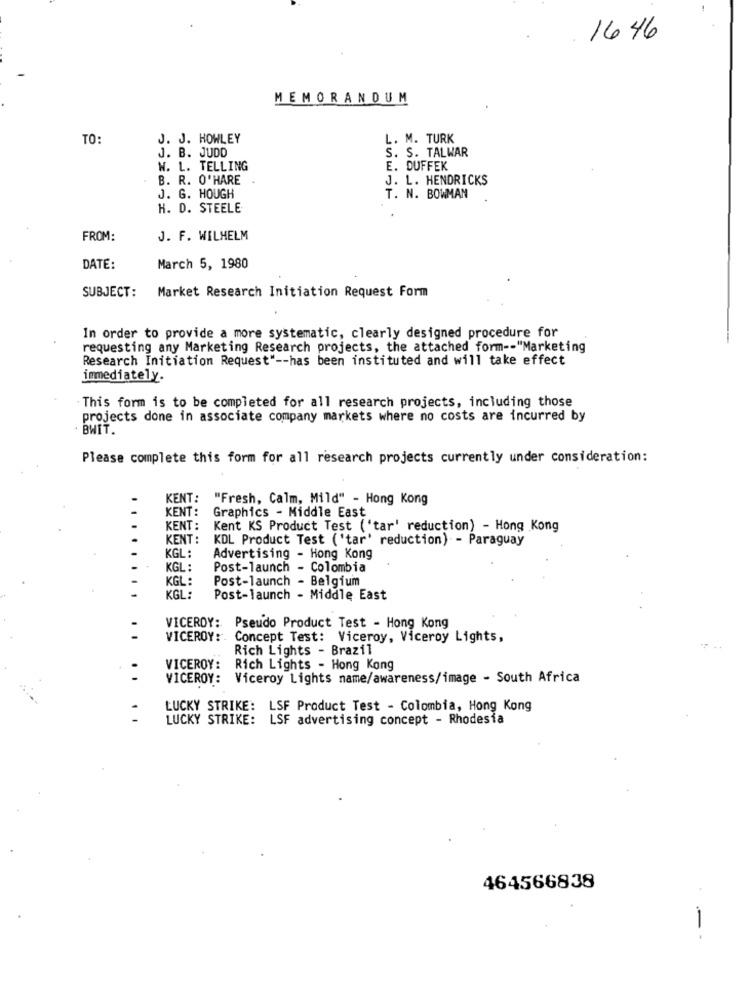
16 46
MEMORANDUM
TO:
J. J. HOWLEY
L. M. TURK
J. B. JUDD
S. S. TALWAR
W. L. TELLING
E. DUFFEK
B. R. O' HARE .
J. L. HENDRICKS
J. G. HOUGH
T. N. BOWMAN
H. D. STEELE
FROM:
J. F. WILHELM
DATE:
March 5, 1980
SUBJECT: Market Research Initiation Request Form
In order to provide a more systematic, clearly designed procedure for
requesting any Marketing Research projects, the attached form -- "Marketing
Research Initiation Request" -- has been instituted and will take effect
immediately.
This form is to be completed for all research projects, including those
projects done in associate company markets where no costs are incurred by
. BWIT.
Please complete this form for all research projects currently under consideration:
KENT: "Fresh, Calm, Mild" - Hong Kong
KENT: Graphics - Middle East
KENT:
Kent KS Product Test ('tar' reduction) - Hong Kong
KENT :
KDL Product Test ('tar' reduction) - Paraguay
KGL :
Advertising - Hong Kong
KGL :
Post-launch - Colombia
KGL:
Post-launch - Belgium
KGL:
Post-launch - Middle East
VICEROY: Pseudo Product Test - Hong Kong
VICEROY :. Concept Test: Viceroy, Viceroy Lights,
Rich Lights - Brazil
VICEROY:
Rich Lights - Hong Kong
VICEROY: Viceroy Lights name/awareness/image - South Africa
LUCKY STRIKE: LSF Product Test - Colombia, Hong Kong
LUCKY STRIKE: LSF advertising concept - Rhodesia
464566838
- -